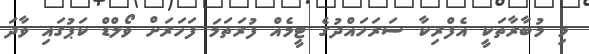
މި މުބާރާތަކީ އެފްރިކާ ސަރަހައްދުގެ ޓީމެއް ފުރަތަމަ ފަހަރަށް ވޯލްޑް ކަޕުގައި ވާދަ